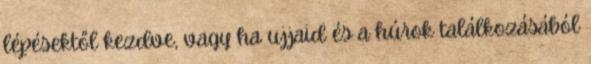
lépésektől kezdve, vagy ha ujjaid és a húrok találkozásából